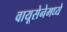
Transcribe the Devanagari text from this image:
वायूसेनेमध्ये